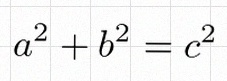
a^2+b^2=c^2